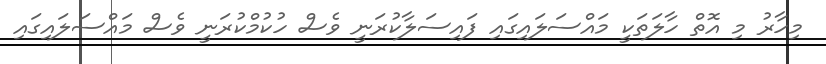
މިހާރު މި އޮތް ހާލަތަކީ މައްސަލައިގައި ފައިސަލާކުރަނީ ވެސް ހުކުމްކުރަނީ ވެސް މައްސަލައިގައި